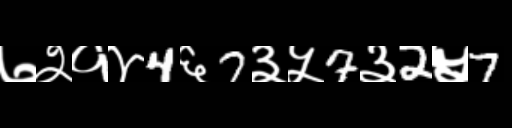
Text: ७२१४4६7३५7३2५7